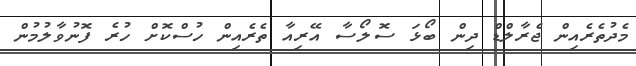
މެދުތެރެއިން ޖެރާލްޑް ދިން ބޯޅަ ސޮލޯސާ އޭރިއާ ތެރެއިން ހުސްކޮށް ހުރެ ފޮނުވާލުމުން